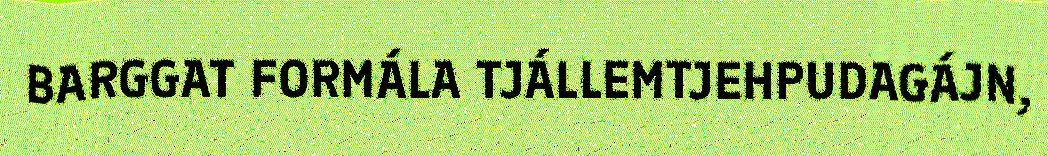
BARGGAT FORMÁLA TJÁLLEMTJEHPUDAGÁJN,